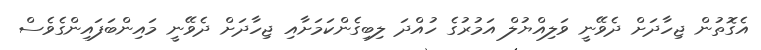
އެގޮތުން ޖިހާދަށް ދެވޭނީ ވަލިއްޔުލް އަމުރުގެ ހުއްދަ ލިބިގެންކަމަށާއި ޖިހާދަށް ދެވޭނީ މައިންބަފައިންގެވެސް